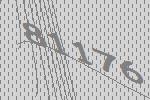
81176